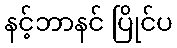
နင့်ဘာနင် ပြိုင်ပ